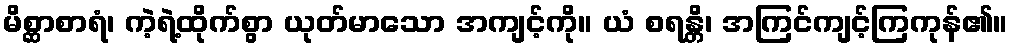
မိစ္ဆာစာရံ၊ ကဲ့ရဲ့ထိုက်စွာ ယုတ်မာသော အကျင့်ကို။ ယံ စရန္တိ၊ အကြင်ကျင့်ကြကုန်၏။